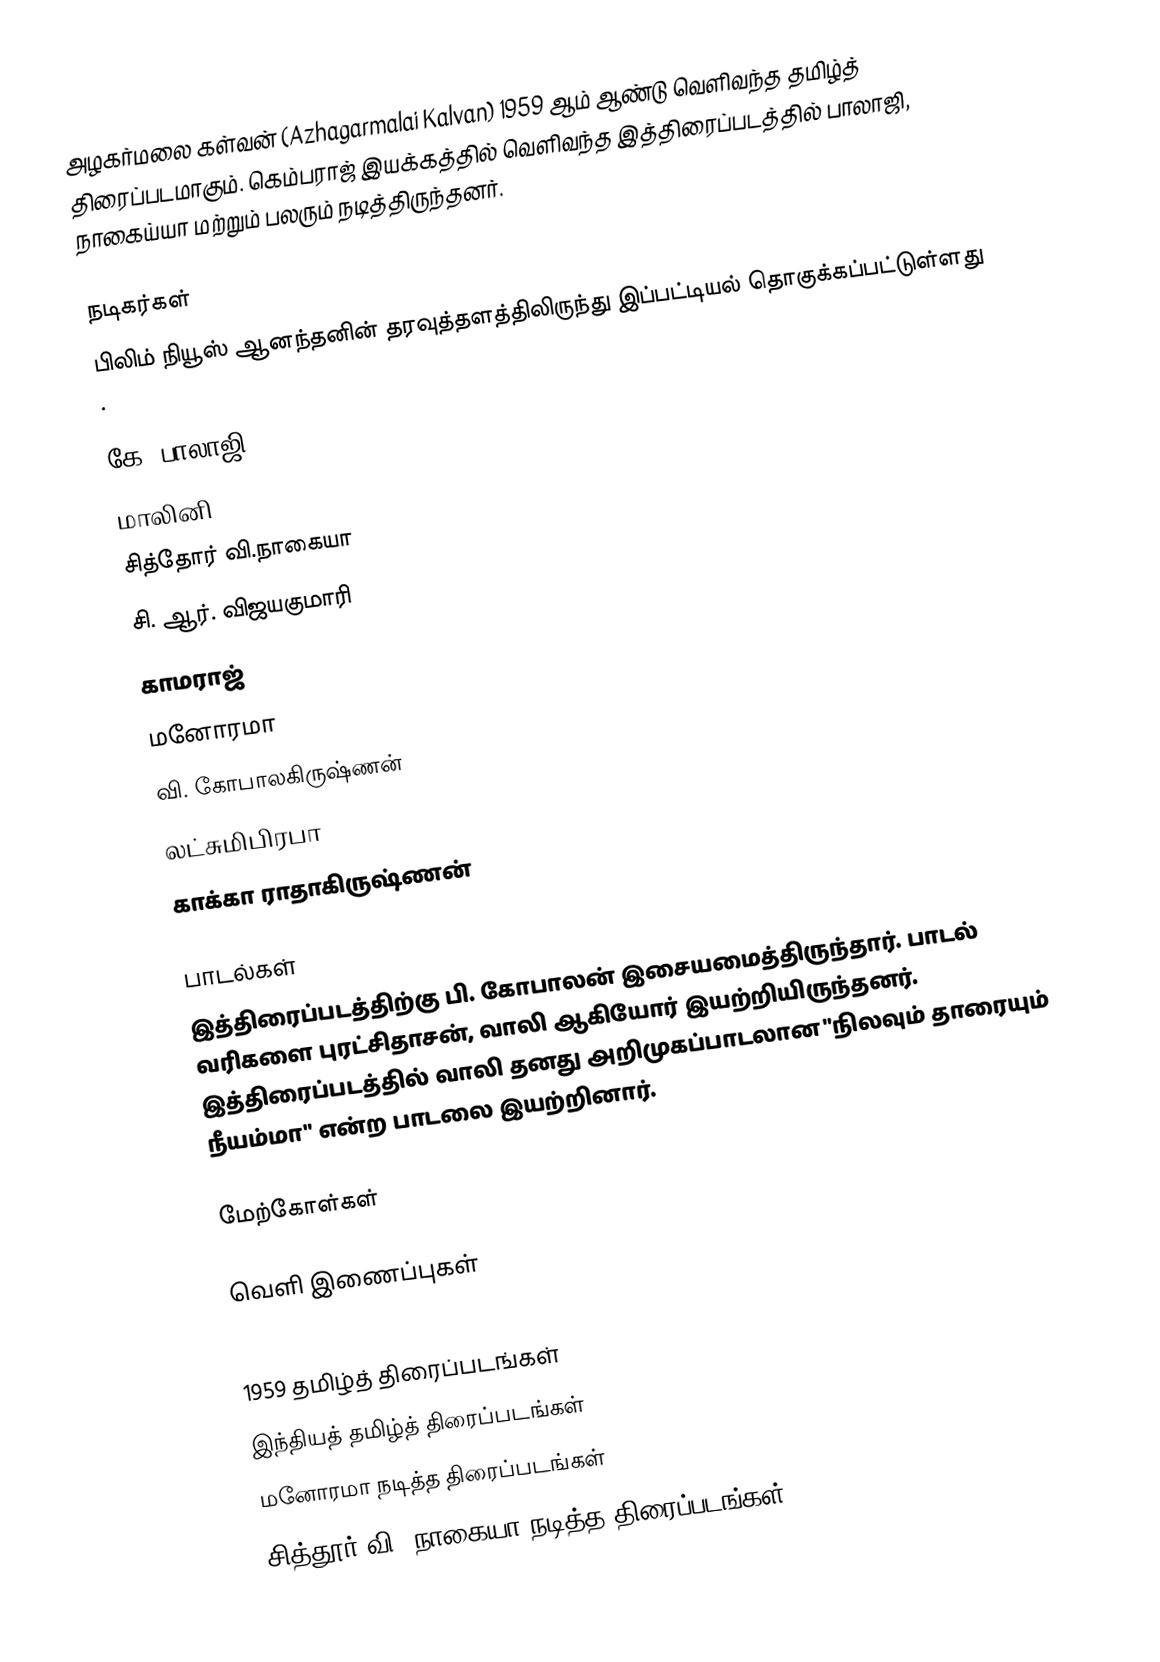
அழகர்மலை கள்வன் (Azhagarmalai Kalvan) 1959 ஆம் ஆண்டு வெளிவந்த தமிழ்த் திரைப்படமாகும். கெம்பராஜ் இயக்கத்தில் வெளிவந்த இத்திரைப்படத்தில் பாலாஜி, நாகைய்யா மற்றும் பலரும் நடித்திருந்தனர்.

நடிகர்கள்
பிலிம் நியூஸ் ஆனந்தனின் தரவுத்தளத்திலிருந்து இப்பட்டியல் தொகுக்கப்பட்டுள்ளது .

 கே. பாலாஜி
 மாலினி
 சித்தோர் வி.நாகையா
 சி. ஆர். விஜயகுமாரி
 காமராஜ்
 மனோரமா
 வி. கோபாலகிருஷ்ணன்
 லட்சுமிபிரபா
 காக்கா ராதாகிருஷ்ணன்

பாடல்கள்
இத்திரைப்படத்திற்கு பி. கோபாலன் இசையமைத்திருந்தார். பாடல் வரிகளை புரட்சிதாசன், வாலி ஆகியோர் இயற்றியிருந்தனர். இத்திரைப்படத்தில் வாலி தனது அறிமுகப்பாடலான "நிலவும் தாரையும் நீயம்மா" என்ற பாடலை இயற்றினார்.

மேற்கோள்கள்

வெளி இணைப்புகள்

1959 தமிழ்த் திரைப்படங்கள்
இந்தியத் தமிழ்த் திரைப்படங்கள்
மனோரமா நடித்த திரைப்படங்கள்
சித்தூர் வி. நாகையா நடித்த திரைப்படங்கள்